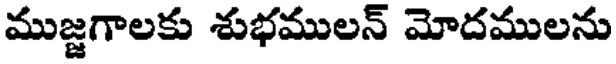
ముజ్జగాలకు శుభములన్ మోదములను